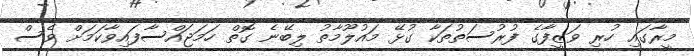
މީރާގައި ހުރި ވަޒީފާގެ ފުރުސަތުތަކާ ގުޅޭ މައުލޫމާތު ލިބޭނެ ގޮތް ހަމަޖައްސާފައިވާކަމަށް ވެސް